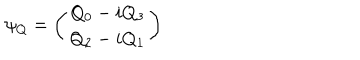
\psi _ { Q } = \left( \begin{array} { c } { { Q _ { 0 } - i Q _ { 3 } } } \\ { { Q _ { 2 } - i Q _ { 1 } } } \\ \end{array} \right)